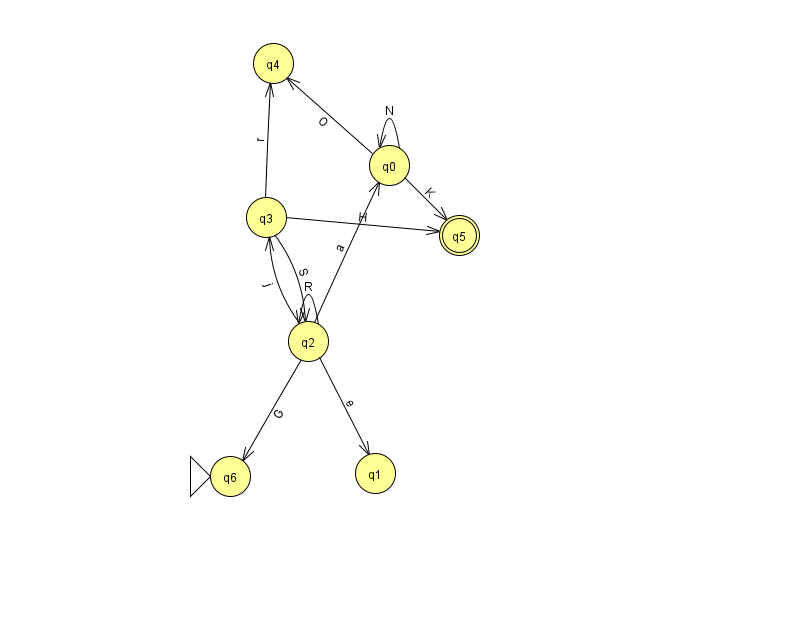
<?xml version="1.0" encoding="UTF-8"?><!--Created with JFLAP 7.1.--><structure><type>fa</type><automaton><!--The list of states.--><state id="0" name="q0"><x>389.0</x><y>152.0</y></state><state id="1" name="q1"><x>375.0</x><y>460.0</y></state><state id="2" name="q2"><x>308.0</x><y>328.0</y></state><state id="3" name="q3"><x>266.0</x><y>204.0</y></state><state id="4" name="q4"><x>273.0</x><y>50.0</y></state><state id="5" name="q5"><x>459.0</x><y>222.0</y><final/></state><state id="6" name="q6"><x>230.0</x><y>463.0</y><initial/></state><!--The list of transitions.--><transition><from>2</from><to>0</to><read>a</read></transition><transition><from>3</from><to>5</to><read>H</read></transition><transition><from>2</from><to>2</to><read>R</read></transition><transition><from>2</from><to>1</to><read>e</read></transition><transition><from>2</from><to>6</to><read>G</read></transition><transition><from>3</from><to>2</to><read>S</read></transition><transition><from>0</from><to>5</to><read>K</read></transition><transition><from>0</from><to>4</to><read>O</read></transition><transition><from>3</from><to>4</to><read>r</read></transition><transition><from>2</from><to>3</to><read>j</read></transition><transition><from>0</from><to>0</to><read>N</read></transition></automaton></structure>